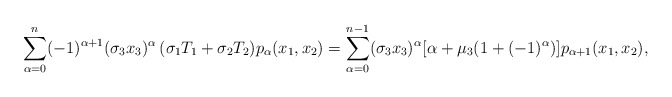
\begin{align*} \sum_{\alpha=0}^{n}(-1)^{\alpha+1}(\sigma_3 x_3)^{\alpha}\,(\sigma_1 T_1+\sigma_2 T_2)p_{\alpha}(x_1,x_2)= \sum_{\alpha=0}^{n-1}(\sigma_3 x_3)^{\alpha}[\alpha+\mu_3(1+(-1)^{\alpha})]p_{\alpha+1}(x_1,x_2),\end{align*}